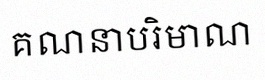
គណនាបរិមាណ